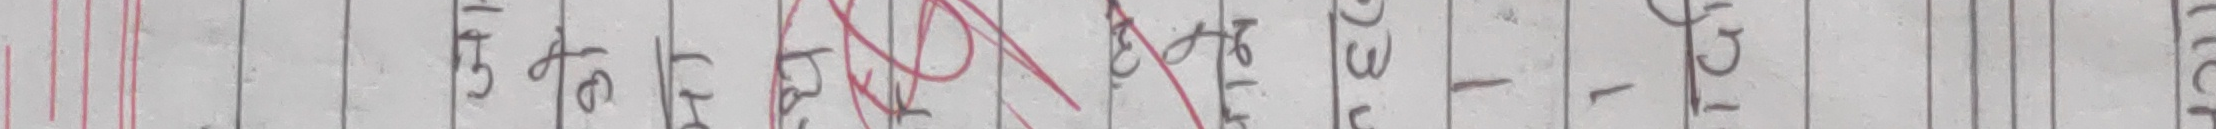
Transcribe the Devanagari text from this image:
यहाँबाट ३० के. जी. १ के. जी. १-१ के. जी.